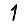
Digit: 1